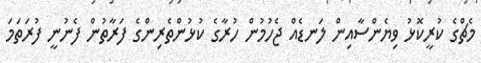
މެޗްގެ ކުރީކޮޅު ވިޔެންސާއިން ލަނޑެއް ޖެހުމުން ހުރާގެ ކުޅުންތެރިންގެ ފަރާތުން ފެނުނީ ފުރަތަމަ